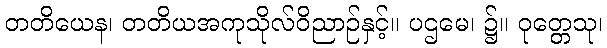
တတိယေန၊ တတိယအကုသိုလ်ဝိညာဉ်နှင့်။ ပဌမေ၊ ၌။ ဝုတ္တေသု၊